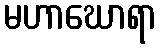
မဟာဃောရာ